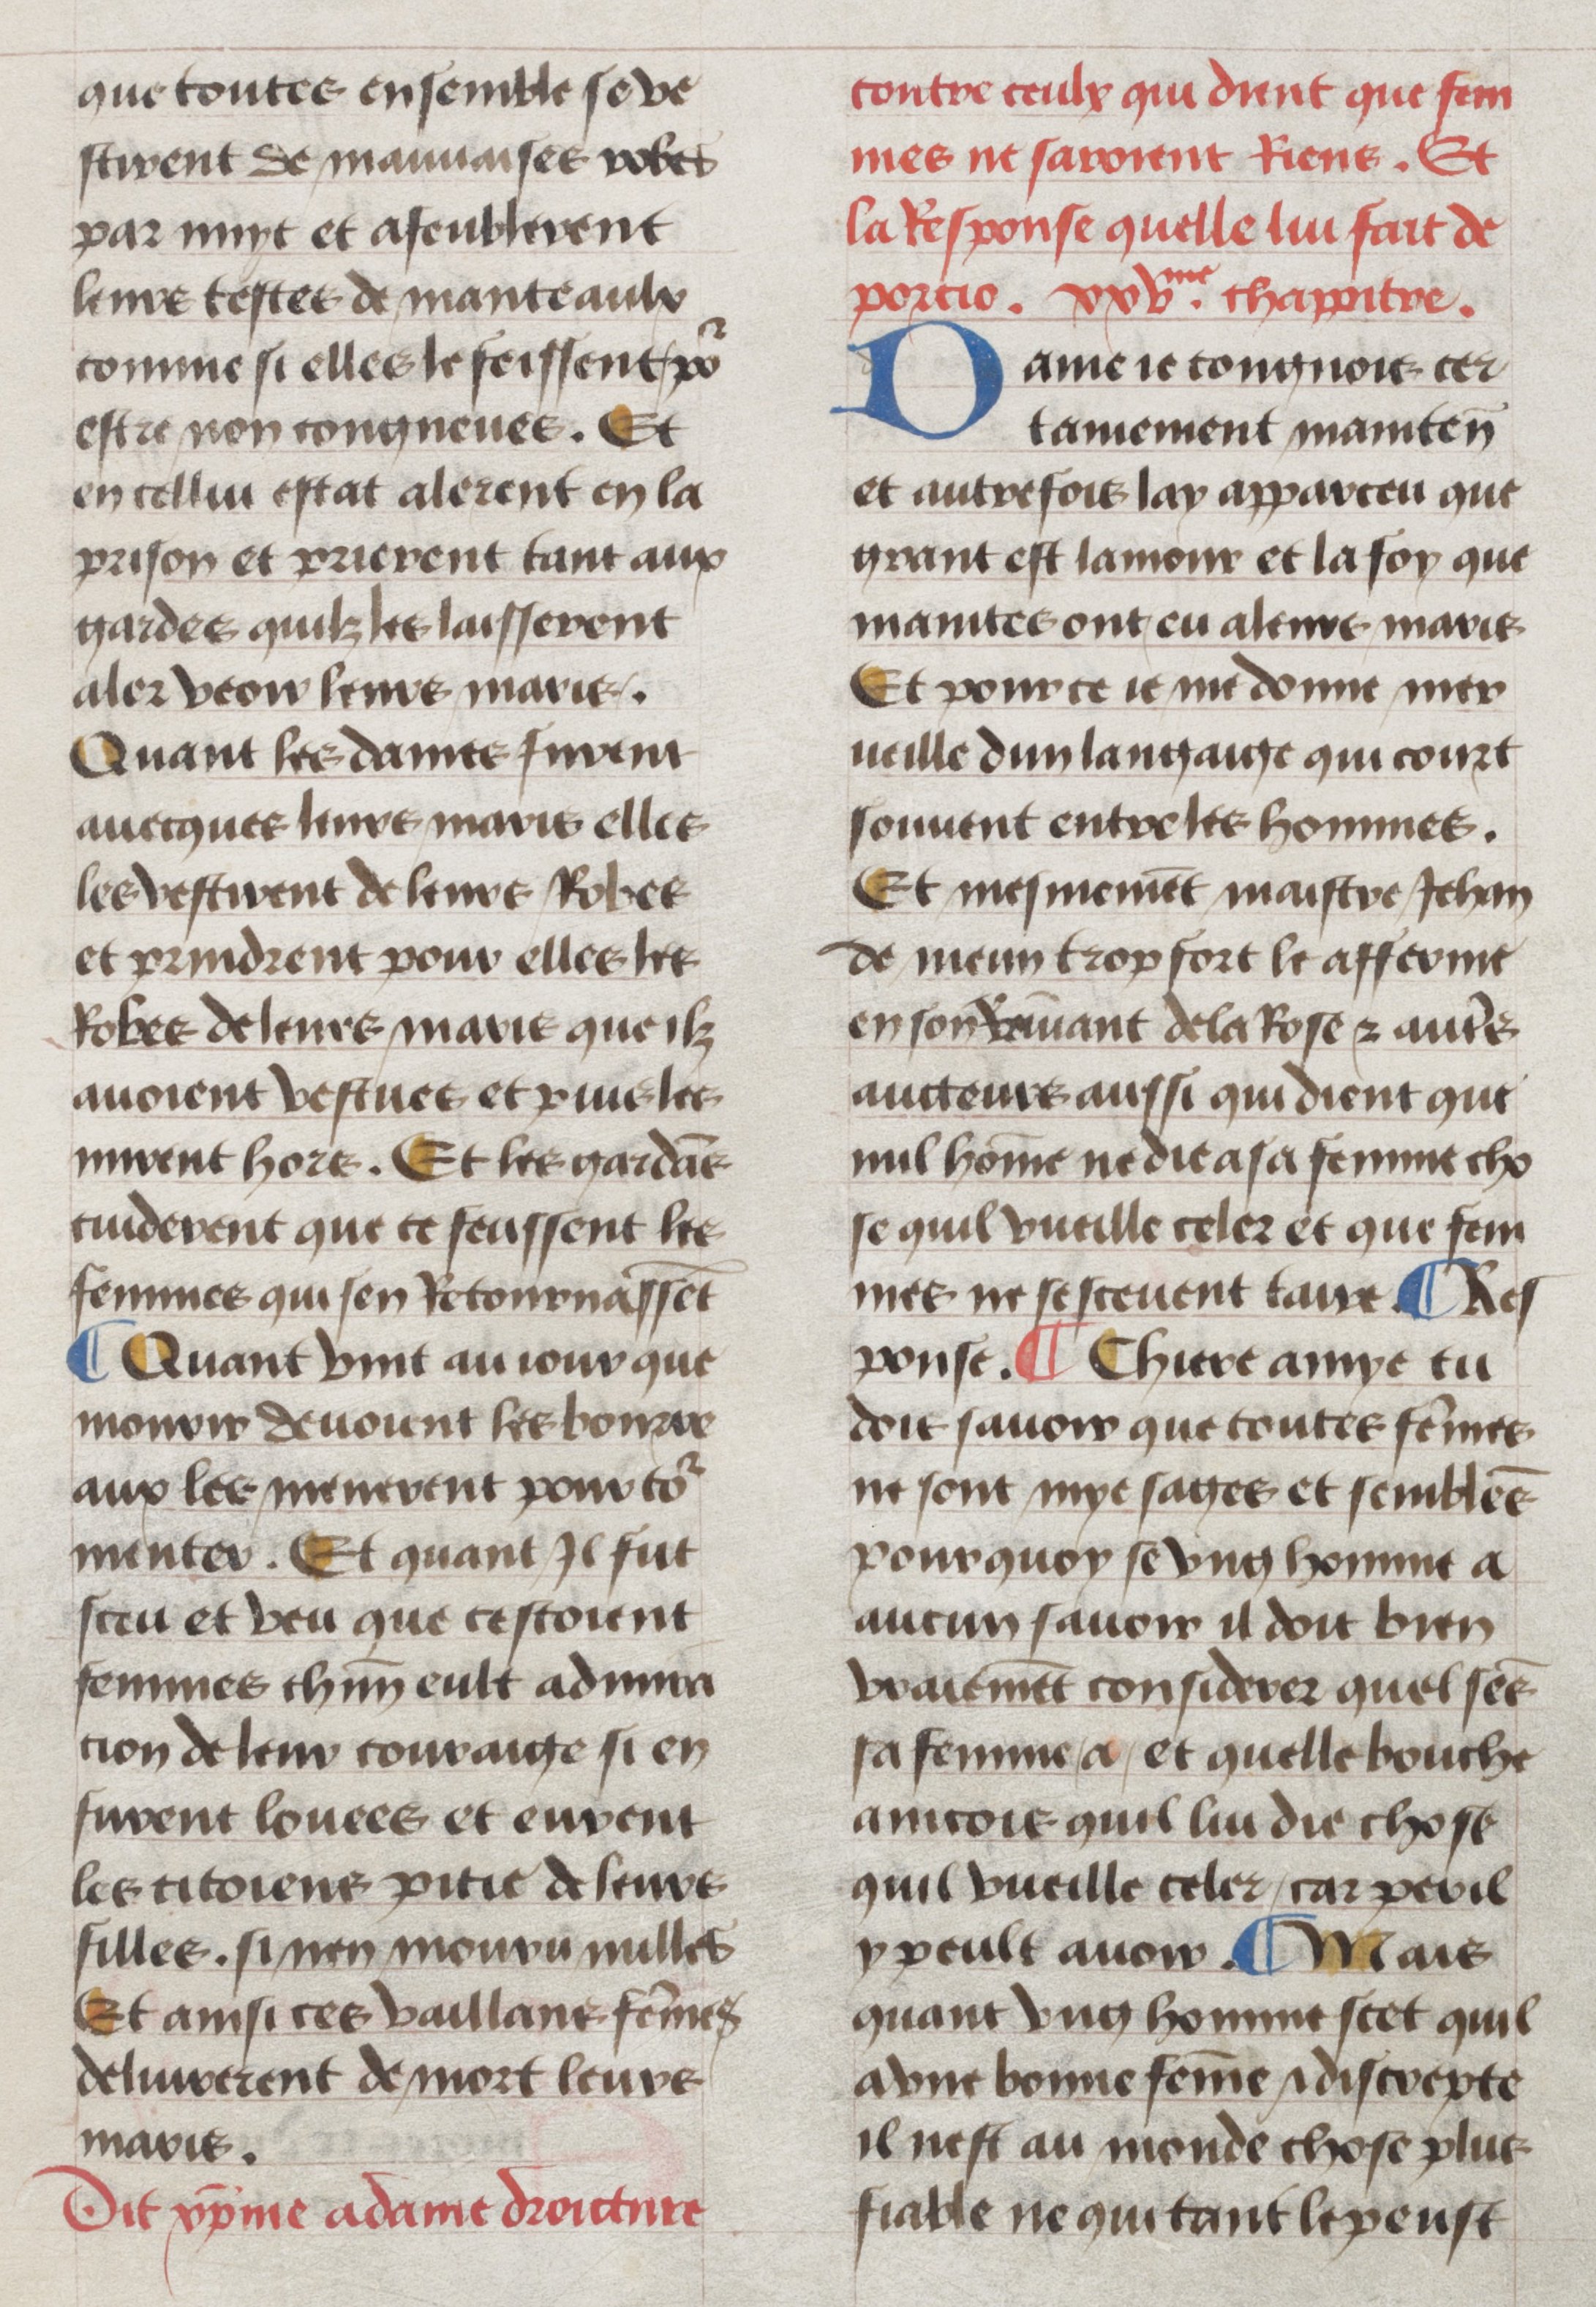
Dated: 1450–1499